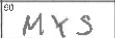
Transcription: MYS